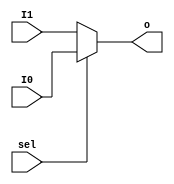
`timescale 1ns / 1ps
//////////////////////////////////////////////////////////////////////////////////
// Company: 
// Engineer: 
// 
// Design Name: 
// Module Name:    mux2to1_32 
// Project Name: 
// Target Devices: 
// Tool versions: 
// Description: 
//
// Dependencies: 
//
// Revision: 
// Revision 0.01 - File Created
// Additional Comments: 
//
//////////////////////////////////////////////////////////////////////////////////
module 	MUX2T1_64(input[63:0]I0,
				  input[63:0]I1,
				  input sel,
				  output[63:0]o
						 );

	assign o = (sel == 1) ? I0 : I1;		//642,I0I101

endmodule